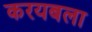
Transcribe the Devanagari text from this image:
करयबला